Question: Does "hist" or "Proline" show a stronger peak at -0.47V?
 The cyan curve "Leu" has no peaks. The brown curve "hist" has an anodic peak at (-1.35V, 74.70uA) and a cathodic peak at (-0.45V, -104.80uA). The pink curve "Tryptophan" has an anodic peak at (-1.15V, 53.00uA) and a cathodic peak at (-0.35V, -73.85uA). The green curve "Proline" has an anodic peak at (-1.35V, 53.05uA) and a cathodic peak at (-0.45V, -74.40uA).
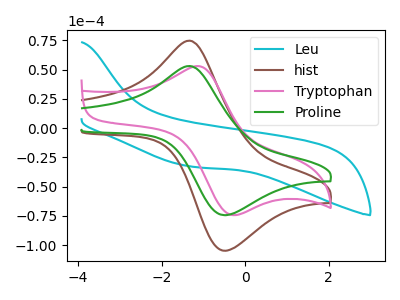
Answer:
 <answer>The peak at -0.47V is higher in "hist" than in "Proline".</answer>
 <eval>higher</eval>